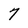
Character: 7